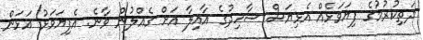
ދަތިކުރުމުގެ ފިޔަވަޅެއް އެޅިޔަސް ސާހިދުގެ އާއިލާ އަށް ގެއްލުން ވާނެ. އެފިޔަވަޅު އަޅަން